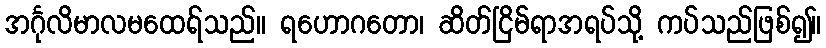
အင်္ဂုလိမာလမထေရ်သည်။ ရဟောဂတော၊ ဆိတ်ငြိမ်ရာအရပ်သို့ ကပ်သည်ဖြစ်၍။